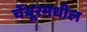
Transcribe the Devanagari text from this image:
चेंबूरमधील